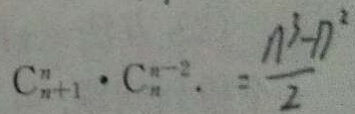
C ^ { n } _ { n + 1 } \cdot C _ { n } ^ { n - 2 } . = \frac { n ^ { 3 } - n ^ { 3 } } { 2 }